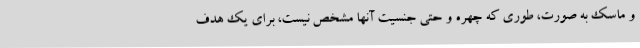
و ماسک به صورت، طوری که چهره و حتی جنسیت آنها مشخص نیست، برای یک هدف